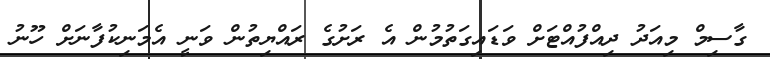
ގާސިމް މިއަދު ދިއްފުއްޓަށް ވަޑައިގަތުމުން އެ ރަށުގެ ރައްޔިތުން ވަނީ އެމަނިކުފާނަށް ހޫނު